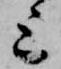
上